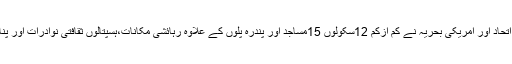
رپورٹ میں کہا گیا ہے کہ امریکی قیادت والے اتحاد اور امریکی بحریہ نے کم ازکم 12سکولوں 15مساجد اور پندرہ پلوں کے علاوہ رہائشی مکانات،ہسپتالوں ثقافتی نوادرات اور پناہ گزین کیمپ پر مبینہ طور پر بم باری کی ہے۔